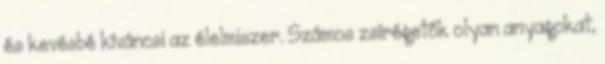
és kevésbé kíváncsi az élelmiszer. Számos zsírégetők olyan anyagokat,